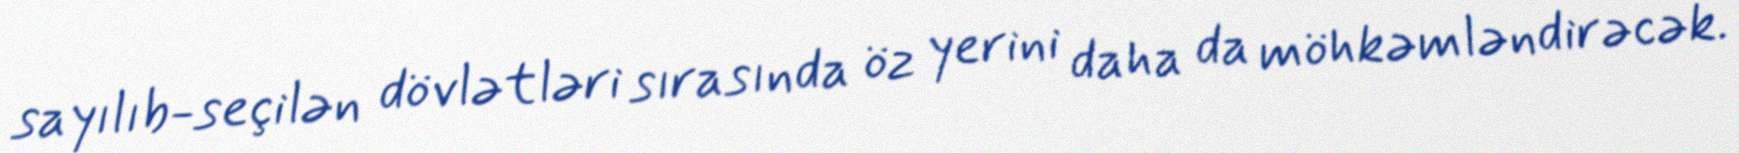
sayılıb-seçilən dövlətləri sırasında öz yerini daha da möhkəmləndirəcək.